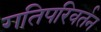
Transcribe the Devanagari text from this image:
गतिपरिवर्तन